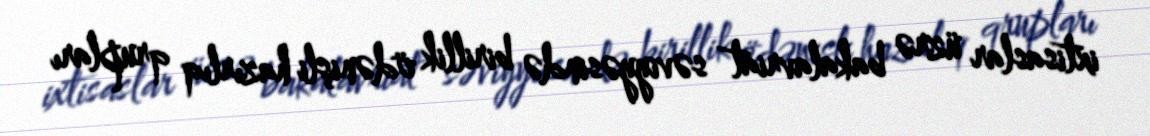
ixtisaslar üzrə bakalavriat səviyyəsində birillik ödənişli hazırlıq qrupları